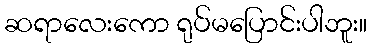
ဆရာလေးကော ရုပ်မပြောင်းပါဘူး။